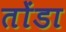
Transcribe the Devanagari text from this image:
तोंडा